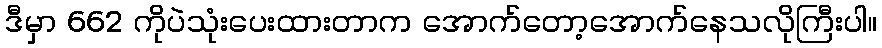
ဒီမှာ 662 ကိုပဲသုံးပေးထားတာက အောက်တော့အောက်နေသလိုကြီးပါ။